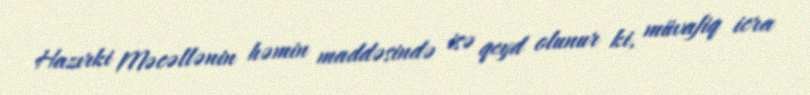
Hazırki Məcəllənin həmin maddəsində isə qeyd olunur ki, müvafiq icra